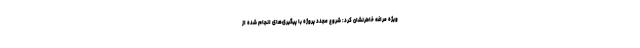
ویژه مراغه خاطرنشان کرد: شروع مجدد پروژه با پیگیری‌های انجام شده از